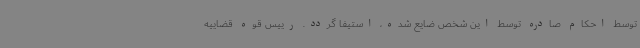
توسط احکام صادره توسط این شخص ضایع شده، استیفا گردد. رییس قوه قضاییه